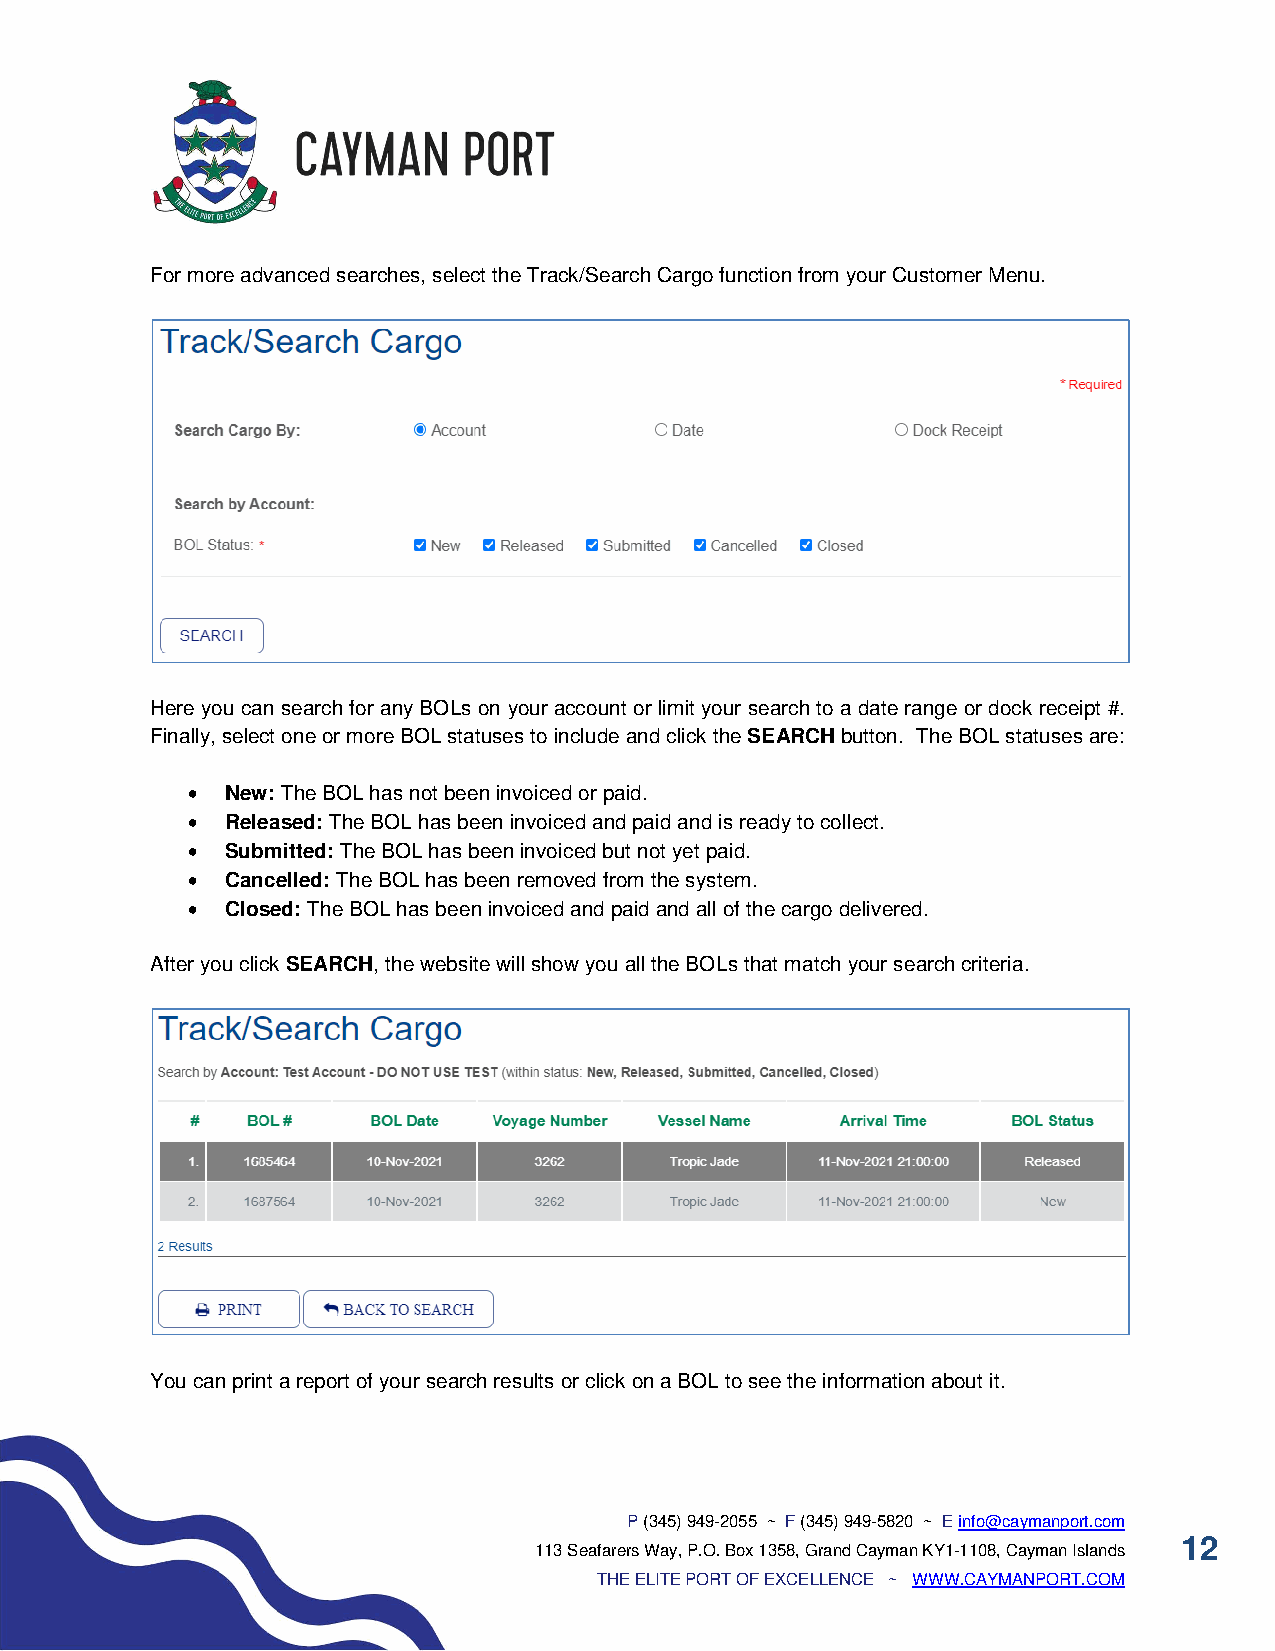
For more advanced searches, select the Track/Search Cargo function from your Customer Menu.
 Here you can search for any BOLs on your account or limit your search to a date range or dock receipt #.
 Finally, select one or more BOL statuses to include and click the SEARCH button. The BOL statuses are:
 •  New: The BOL has not been invoiced or paid.
 •  Released: The BOL has been invoiced and paid and is ready to collect.
 •  Submitted: The BOL has been invoiced but not yet paid.
 •  Cancelled: The BOL has been removed from the system.
 •  Closed: The BOL has been invoiced and paid and all of the cargo delivered.
 After you click SEARCH, the website will show you all the BOLs that match your search criteria.
 You can print a report of your search results or click on a BOL to see the information about it.
 P (345) 949-2055 ~ F (345) 949-5820 ~ E info@caymanport.com
 12
 113 Seafarers Way, P.O. Box 1358, Grand Cayman KY1-1108, Cayman Islands
 THE ELITE PORT OF EXCELLENCE ~ WWW.CAYMANPORT.COM